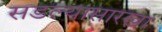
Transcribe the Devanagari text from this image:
सडल्यासारखा